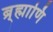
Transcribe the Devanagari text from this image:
ब्र्ह्माणि